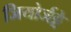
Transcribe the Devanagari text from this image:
जियोर्जट्टे